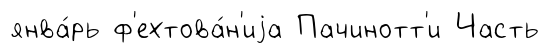
янва́рь ф'ехтова́н'иjа Пачинотт'и Часть